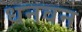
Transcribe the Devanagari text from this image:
धनवन